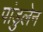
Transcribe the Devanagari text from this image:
पांडुलेन